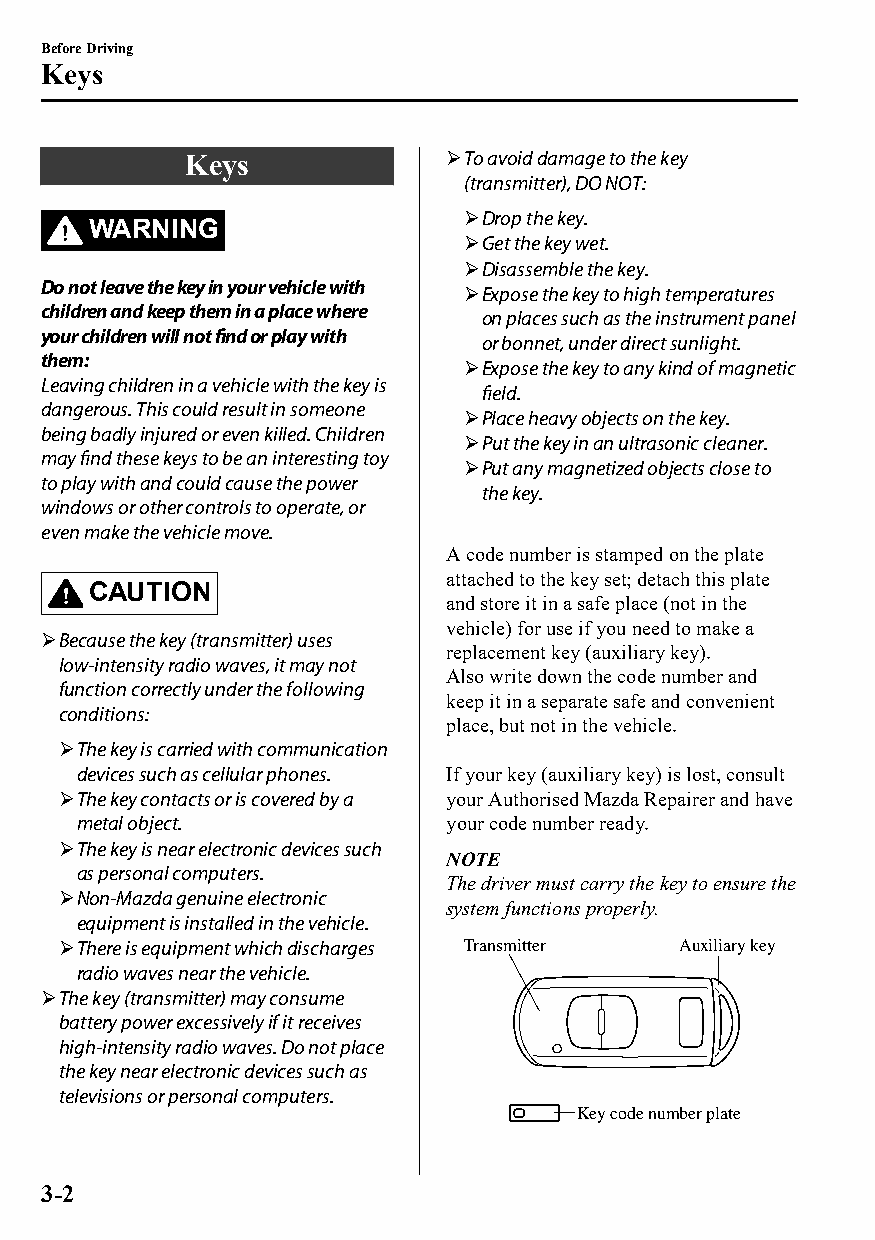
Before Driving
 Keys
 Keys             To avoid damage to the key
 (transmitter), DO NOT:
 Drop the key.
 WARNING
 Get the key wet.
 Disassemble the key.
 Do not leave the key in your vehicle with
 Expose the key to high temperatures
 children and keep them in a place where
 on places such as the instrument panel
 your children will not find or play with
 or bonnet, under direct sunlight.
 them:
 Expose the key to any kind of magnetic
 Leaving children in a vehicle with the key is
 field.
 dangerous. This could result in someone
 Place heavy objects on the key.
 being badly injured or even killed. Children
 Put the key in an ultrasonic cleaner.
 may find these keys to be an interesting toy
 Put any magnetized objects close to
 to play with and could cause the power
 the key.
 windows or other controls to operate, or
 even make the vehicle move.
 A code number is stamped on the plate
 attached to the key set; detach this plate
 CAUTION
 and store it in a safe place (not in the
 vehicle) for use if you need to make a
 Because the key (transmitter) uses
 replacement key (auxiliary key).
 low-intensity radio waves, it may not
 Also write down the code number and
 function correctly under the following
 keep it in a separate safe and convenient
 conditions:
 place, but not in the vehicle.
 The key is carried with communication
 devices such as cellular phones. If your key (auxiliary key) is lost, consult
 The key contacts or is covered by a your Authorised Mazda Repairer and have
 metal object.           your code number ready.
 The key is near electronic devices such
 NOTE
 as personal computers.
 The driver must carry the key to ensure the
 Non-Mazda genuine electronic
 system functions properly.
 equipment is installed in the vehicle.
 There is equipment which discharges Transmitter Auxiliary key
 radio waves near the vehicle.
 The key (transmitter) may consume
 battery power excessively if it receives
 high-intensity radio waves. Do not place
 the key near electronic devices such as
 televisions or personal computers.
 Key code number plate
 3-2
 CX-3_8GT4-EE-18D_Edition4                  2018-9-6 18:32:19